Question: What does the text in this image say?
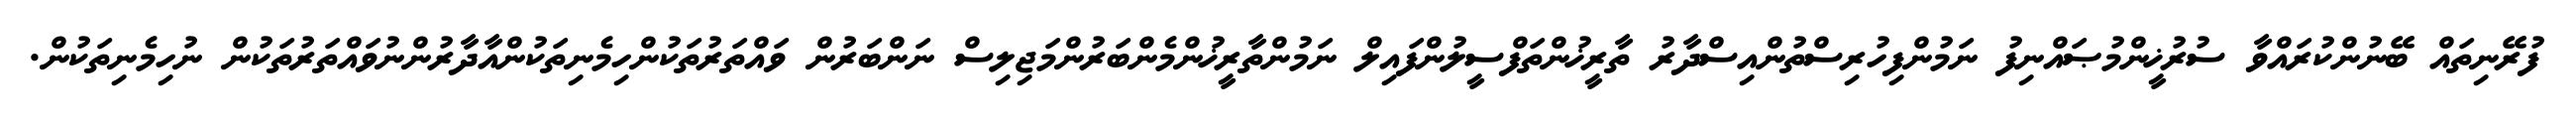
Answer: ފުރޭނިތައް ބޭނުންކުރައްވާ ސުރުޚީންމުޞައްނިފު ނަމުންފިހުރިސްތުންއިސްދާރު ތާރީޚުންތަފްސީލުންފައިލް ނަމުންތާރީޚުންމެންބަރުންމަޖިލިސް ނަންބަރުން ވައްތަރުތަކުންހިމެނިތަކުންއާދާރުންނުވައްތަރުތަކުން ނުހިމެނިތަކުން.